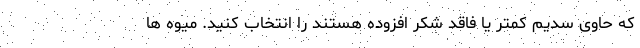
که حاوی سدیم کمتر یا فاقد شکر افزوده هستند را انتخاب کنید. میوه ها